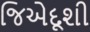
જિએદૂશી